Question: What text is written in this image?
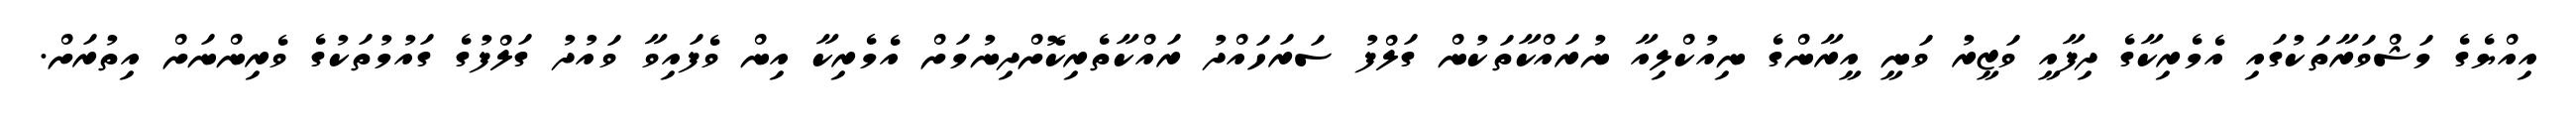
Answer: އިއްޔެގެ މަޝްވަރާތަކުގައި އެމެރިކާގެ ދިފާއީ ވަޒީރު ވަނީ އީރާންގެ ނިއުކްލިއާ ނުރައްކާތަކުން ގަލްފު ސަރަހައްދު ރައްކާތެރިކޮށްދިނުމަށް އެމެރިކާ އިން ވެފައިވާ ވައުދު ގަލްފުގެ ގައުމުތަކުގެ ވެރިންނަށް އިތުރަށް.